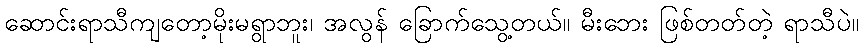
ဆောင်းရာသီကျတော့မိုးမရွာဘူး၊ အလွန် ခြောက်သွေ့တယ်။ မီးဘေး ဖြစ်တတ်တဲ့ ရာသီပဲ။